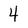
Character: 4